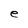
Character: e